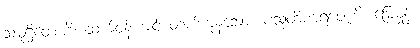
သမုဋ္ဌိတေဟိ၊ ထက်ဝန်းကျင် တက်ကုန်သော။ ပံသုတိဏရဇေဟိ၊ မြေမှုန်